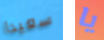
سعيدا يا